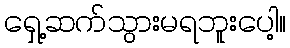
ရှေ့ဆက်သွားမရဘူးပေါ့။